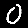
Digit: 0